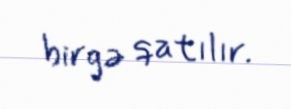
birgə qatılır.